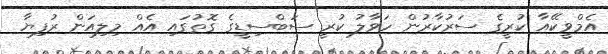
އެމްވީކޭއާ ކުރީގެ ސަރުކާރުން ހަވާލު ކުރީ ސަބްސިޑީގެ ގޮތުގައި އެއް މިލިއަން ރުފިޔާ